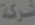
شركة